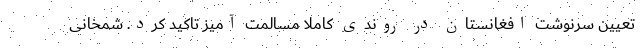
تعیین سرنوشت افغانستان در روندی کاملا مسالمت آمیز تاکید کرد. شمخانی